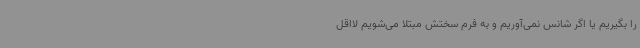
را بگیریم ‌یا اگر شانس نمی‌آوریم و به فرم سختش مبتلا می‌شویم لااقل